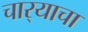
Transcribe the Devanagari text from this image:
चार्‍याचा